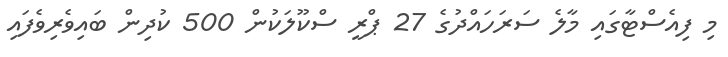
މި ފިއެސްޓާގައި މާލެ ސަރަހައްދުގެ 27 ޕްރީ ސްކޫލަކުން 500 ކުދިން ބައިވެރިވެފައި